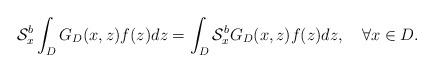
LaTeX: \begin{align*}\mathcal{S}^{b}_{x}\int_{D}G_{D}(x,z)f(z)dz=\int_{D}\mathcal{S}^{b}_{x}G_{D}(x,z)f(z)dz,\quad\forall x\in D.\end{align*}